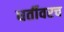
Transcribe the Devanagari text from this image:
धर्तीवरच